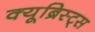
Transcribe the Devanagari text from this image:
क्यूब्रिस्ट्स